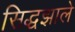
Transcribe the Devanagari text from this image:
सिद्धझाले